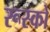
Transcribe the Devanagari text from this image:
रूस्को